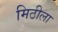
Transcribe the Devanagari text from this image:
मिठीला